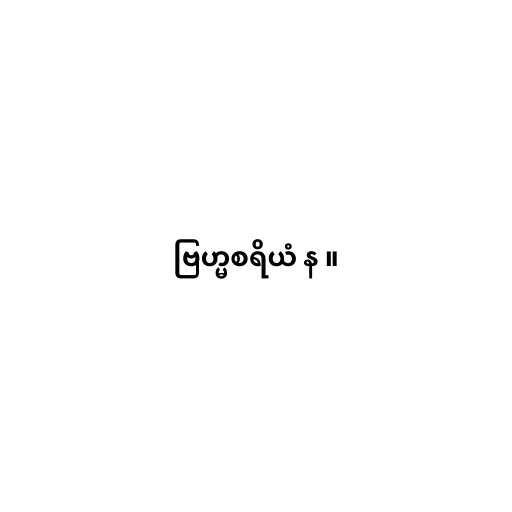
ဗြဟ္မစရိယံ န ။